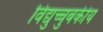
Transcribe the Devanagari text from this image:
विद्युच्चुबकीय